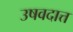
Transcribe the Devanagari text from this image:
उषवदात्त